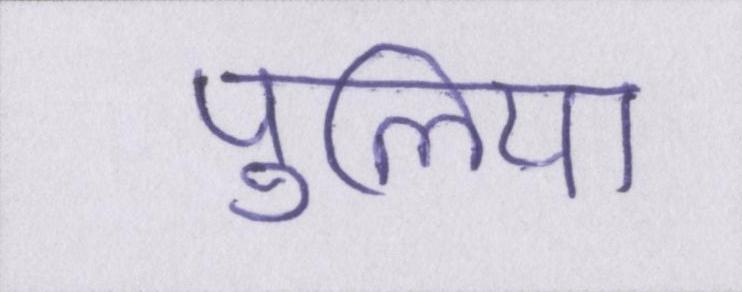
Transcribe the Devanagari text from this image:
पुलिया